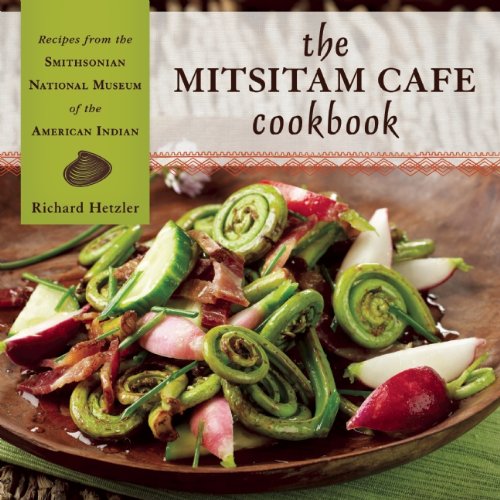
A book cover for The Mitsitam Cafe Cookbook: Recipes from the Smithsonian National Museum of the American Indian; Richard Hetzler; Cookbooks, Food & Wine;